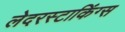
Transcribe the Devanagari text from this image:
लेदरस्टाकिंग्स